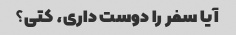
آیا سفر را دوست داری، کتی؟